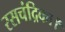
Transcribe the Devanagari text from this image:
रसचंद्रिका।